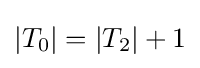
|T_{0}|=|T_{2}|+1